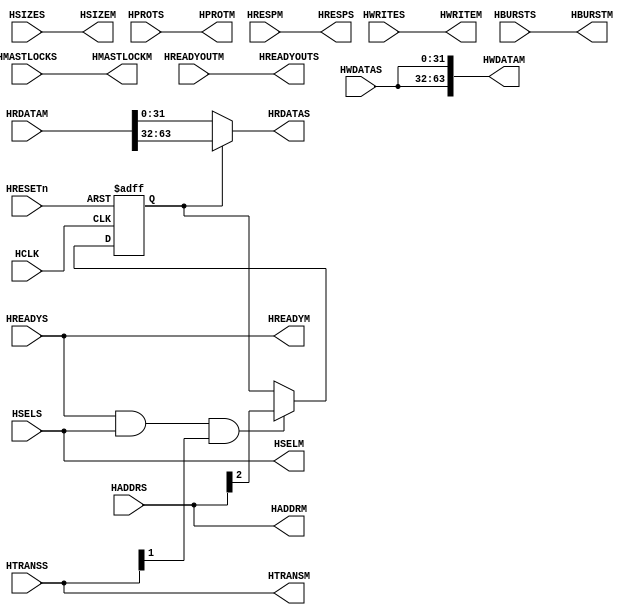
// This program was cloned from: https://github.com/verimake-team/SparkRoad-V
// License: MIT License

//-----------------------------------------------------------------------------
// The confidential and proprietary information contained in this file may
// only be used by a person authorised under and to the extent permitted
// by a subsisting licensing agreement from ARM Limited.
//
//            (C) COPYRIGHT 2010-2013 ARM Limited.
//                ALL RIGHTS RESERVED
//
// This entire notice must be reproduced on all copies of this file
// and copies of this file may only be made by a person if such person is
// permitted to do so under the terms of a subsisting license agreement
// from ARM Limited.
//
//      SVN Information
//
//      Checked In          : $Date: 2013-04-10 15:07:36 +0100 (Wed, 10 Apr 2013) $
//
//      Revision            : $Revision: 243494 $
//
//      Release Information : Cortex-M System Design Kit-r1p0-01rel0
//
//-----------------------------------------------------------------------------
//-----------------------------------------------------------------------------
// Abstract : AHB upsizer:
//            Interface 32 bits AHB-lite master to 64 bits AHB-lite slave
//-----------------------------------------------------------------------------
module cmsdk_ahb_upsizer64 (
  input  wire        HCLK,       // Clock
  input  wire        HRESETn,    // Reset

  // AHB connection to master
  input  wire        HSELS,
  input  wire [31:0] HADDRS,
  input  wire  [1:0] HTRANSS,
  input  wire  [2:0] HSIZES,
  input  wire        HWRITES,
  input  wire        HREADYS,
  input  wire  [3:0] HPROTS,
  input  wire  [2:0] HBURSTS,
  input  wire        HMASTLOCKS,
  input  wire [31:0] HWDATAS,

  output wire        HREADYOUTS,
  output wire        HRESPS,
  output wire [31:0] HRDATAS,

  // AHB output master port : 64 bit data bus interface
  output wire        HSELM,
  output wire [31:0] HADDRM,
  output wire  [1:0] HTRANSM,
  output wire  [2:0] HSIZEM,
  output wire        HWRITEM,
  output wire        HREADYM,
  output wire  [3:0] HPROTM,
  output wire  [2:0] HBURSTM,
  output wire        HMASTLOCKM,
  output wire [63:0] HWDATAM,

  input  wire        HREADYOUTM,
  input  wire        HRESPM,
  input  wire [63:0] HRDATAM);

  // ----------------------------------------
  // Internal wires declarations
   reg          hrdata_sel_reg;   // select the higher or lower 32
                            // bits data send from slave to master

  //-----------------------------------------------------------
  //Module logic start
  //----------------------------------------------------------

  // Data select signal
  always @(posedge HCLK or negedge HRESETn)
    begin
    if (~HRESETn)
      hrdata_sel_reg <= 1'b0; // by default lower 32 bits are selected
    else if (HREADYS & HSELS & HTRANSS[1])
      hrdata_sel_reg <= HADDRS[2];
    end

  // Outputs
  // The master and slave signals are connected directly, except data bus.
  // This arrangement allows a modular design integration in tools like
  // AMBA Designer
    // from slave to master
   assign HREADYOUTS = HREADYOUTM;
   assign HRESPS     = HRESPM;
   assign HRDATAS    = hrdata_sel_reg ? HRDATAM[63:32] : HRDATAM[31:0];

    // from master to slave
   assign HSELM      = HSELS;
   assign HADDRM     = HADDRS;
   assign HTRANSM    = HTRANSS;
   assign HREADYM    = HREADYS;
   assign HSIZEM     = HSIZES;
   assign HWRITEM    = HWRITES;
   assign HPROTM     = HPROTS;
   assign HBURSTM    = HBURSTS;
   assign HMASTLOCKM = HMASTLOCKS;
   assign HWDATAM    = {HWDATAS,HWDATAS}; // Replicate HWDATAS on lower and
                                          // upper 32 bits

  //-----------------------------------------------------------
  //Module logic end
  //----------------------------------------------------------

endmodule